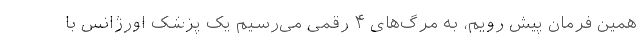
همین فرمان پیش رویم، به مرگ‌های ۴ رقمی می‌رسیم یک پزشک اورژانس با